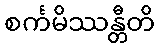
စင်္ကမိဿန္တီတိ